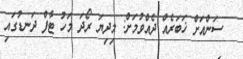
ސަންއަށް ޚަބަރެއް ދެއްވުމަށް: މިދިޔަ ރޯދަ މަހު ޓާފް ދަނޑުގައި